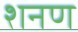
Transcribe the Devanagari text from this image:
शनण